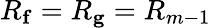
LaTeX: R_{\mathbf{f}}=R_{\mathbf{g}}=R_{m-1}